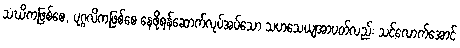
သံဃိကဖြစ်စေ, ပုဂ္ဂလိကဖြစ်စေ နေဖို့ရန်ဆောက်လုပ်အပ်သော သဟသေယျအာပတ်လည်း သင့်လောက်အောင်